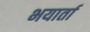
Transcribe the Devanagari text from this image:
भयार्ता